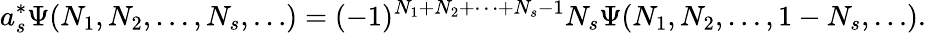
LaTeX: a_{s}^{*}\Psi(N_{1},N_{2},\ldots,N_{s},\ldots)=(-1)^{N_{1}+N_{2}+\cdots+N_{s}-1}N_{s}\Psi(N_{1},N_{2},\ldots,1-N_{s},\ldots).